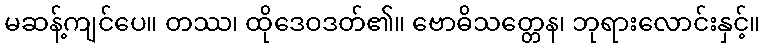
မဆန့်ကျင်ပေ။ တဿ၊ ထိုဒေဝဒတ်၏။ ဗောဓိသတ္တေန၊ ဘုရားလောင်းနှင့်။